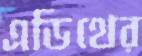
এডিথের